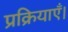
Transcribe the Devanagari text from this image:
प्रक्रियाएँ।